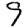
Digit: 9